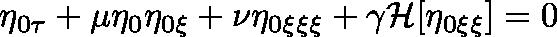
\eta _ { 0 \tau } + \mu \eta _ { 0 } \mathbf { \eta } _ { 0 \xi } + \nu { \eta } _ { 0 \xi \xi \xi } + \gamma \mathcal { H } [ \eta _ { 0 \xi \xi } ] = 0